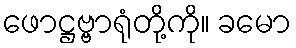
ဖောဋ္ဌဗ္ဗာရုံတို့ကို။ ခမော